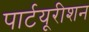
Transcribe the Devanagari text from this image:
पार्टयूरीशन